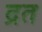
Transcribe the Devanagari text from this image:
द्रत